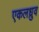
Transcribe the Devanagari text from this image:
एकलध्रुव